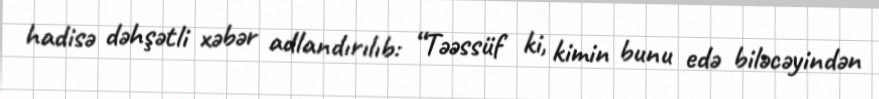
hadisə dəhşətli xəbər adlandırılıb: “Təəssüf ki, kimin bunu edə biləcəyindən